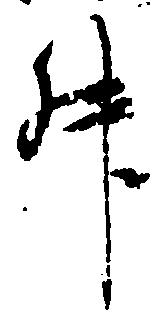
升